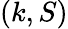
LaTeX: (k,S)